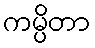
ကမ္ပိတာ